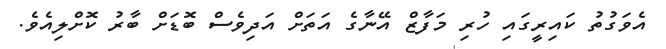
އެވަގުތު ކައިރީގައި ހުރި މަފާޒް އޭނާގެ އަތަށް އަދިވެސް ބޮޑަށް ބާރު ކޮށްލިއެވެ.